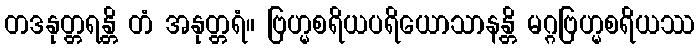
တဒနုတ္တရန္တိ တံ အနုတ္တရံ။ ဗြဟ္မစရိယပရိယောသာနန္တိ မဂ္ဂဗြဟ္မစရိယဿ